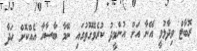
ރޮބާޓް ވިދާޅުވީ އޭނާ އަށް އުންމީދު ކުރެވޭގޮތުގައި ނޭމާ ބާސާއާ އެއްކޮށް ހަދާ